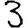
Digit: 3